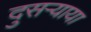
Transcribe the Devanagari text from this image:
दुसर्‍याया